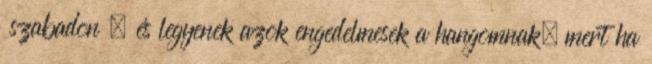
szabadon , és legyenek azok engedelmesek a hangomnak; mert ha